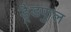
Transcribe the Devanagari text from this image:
ड्रैडफुल